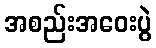
အစည်းအဝေးပွဲ